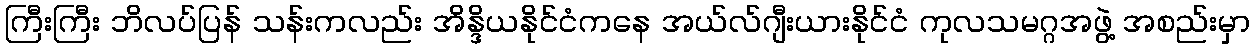
ကြီးကြီး ဘိလပ်ပြန် သန်းကလည်း အိန္ဒိယနိုင်ငံကနေ အယ်လ်ဂျီးယားနိုင်ငံ ကုလသမဂ္ဂအဖွဲ့ အစည်းမှာ